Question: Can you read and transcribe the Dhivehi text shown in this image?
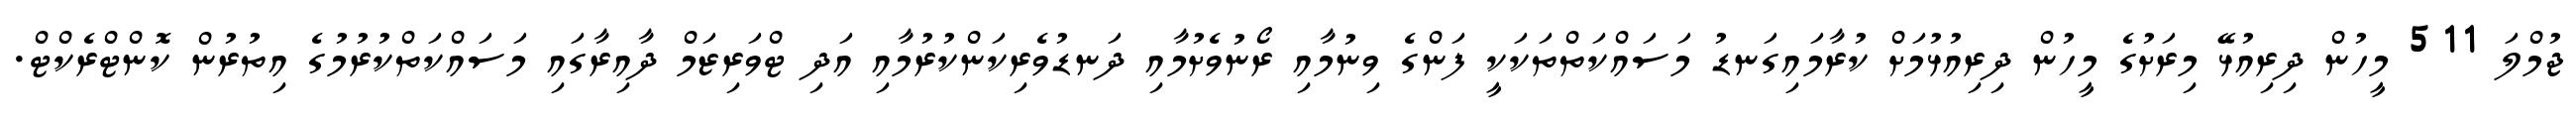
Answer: ޖުމްލަ 511 މީހުން ދިރިއުޅޭ މިރަށުގެ މީހުން ދިރިއުޅުމަށް ކުރާމައިގަނޑު މަސައްކަތްތަކަކީ ފަންގެ ވިނުމާއި ރޯނުވެށުމާއި ދަނޑުވެރިކަންކުރުމާއި އަދި ޓްވަރިޒަމް ދާއިރާގައި މަސައްކަތްކުރުމުގެ އިތުރުން ކޮންޓްރެކްޓް.